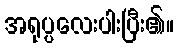
အရုပ္ပလေးပါးပြီး၏။